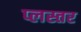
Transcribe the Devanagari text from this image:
प्लस्तर